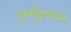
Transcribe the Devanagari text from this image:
पुनर्मुद्रणावर